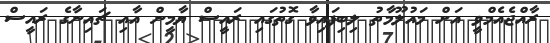
ރާއްޖެއެމްވީ އަށް މައުލޫމާތު ލިބިފައިވާ ގޮތުގައި ރައީސް ޔާމީން އާއި ޗައިނާގެ ރައީސް